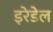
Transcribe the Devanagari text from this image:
इरेडेल